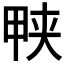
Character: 𱰱